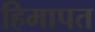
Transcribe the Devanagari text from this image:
हिमापत